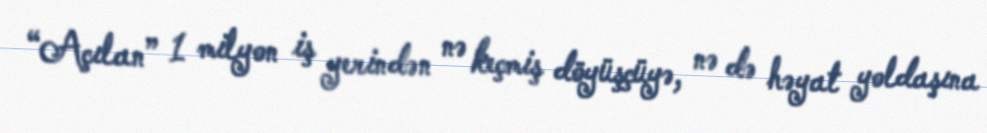
“Açılan” 1 milyon iş yerindən nə keçmiş döyüşçüyə, nə də həyat yoldaşına